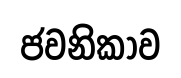
ජවනිකාව